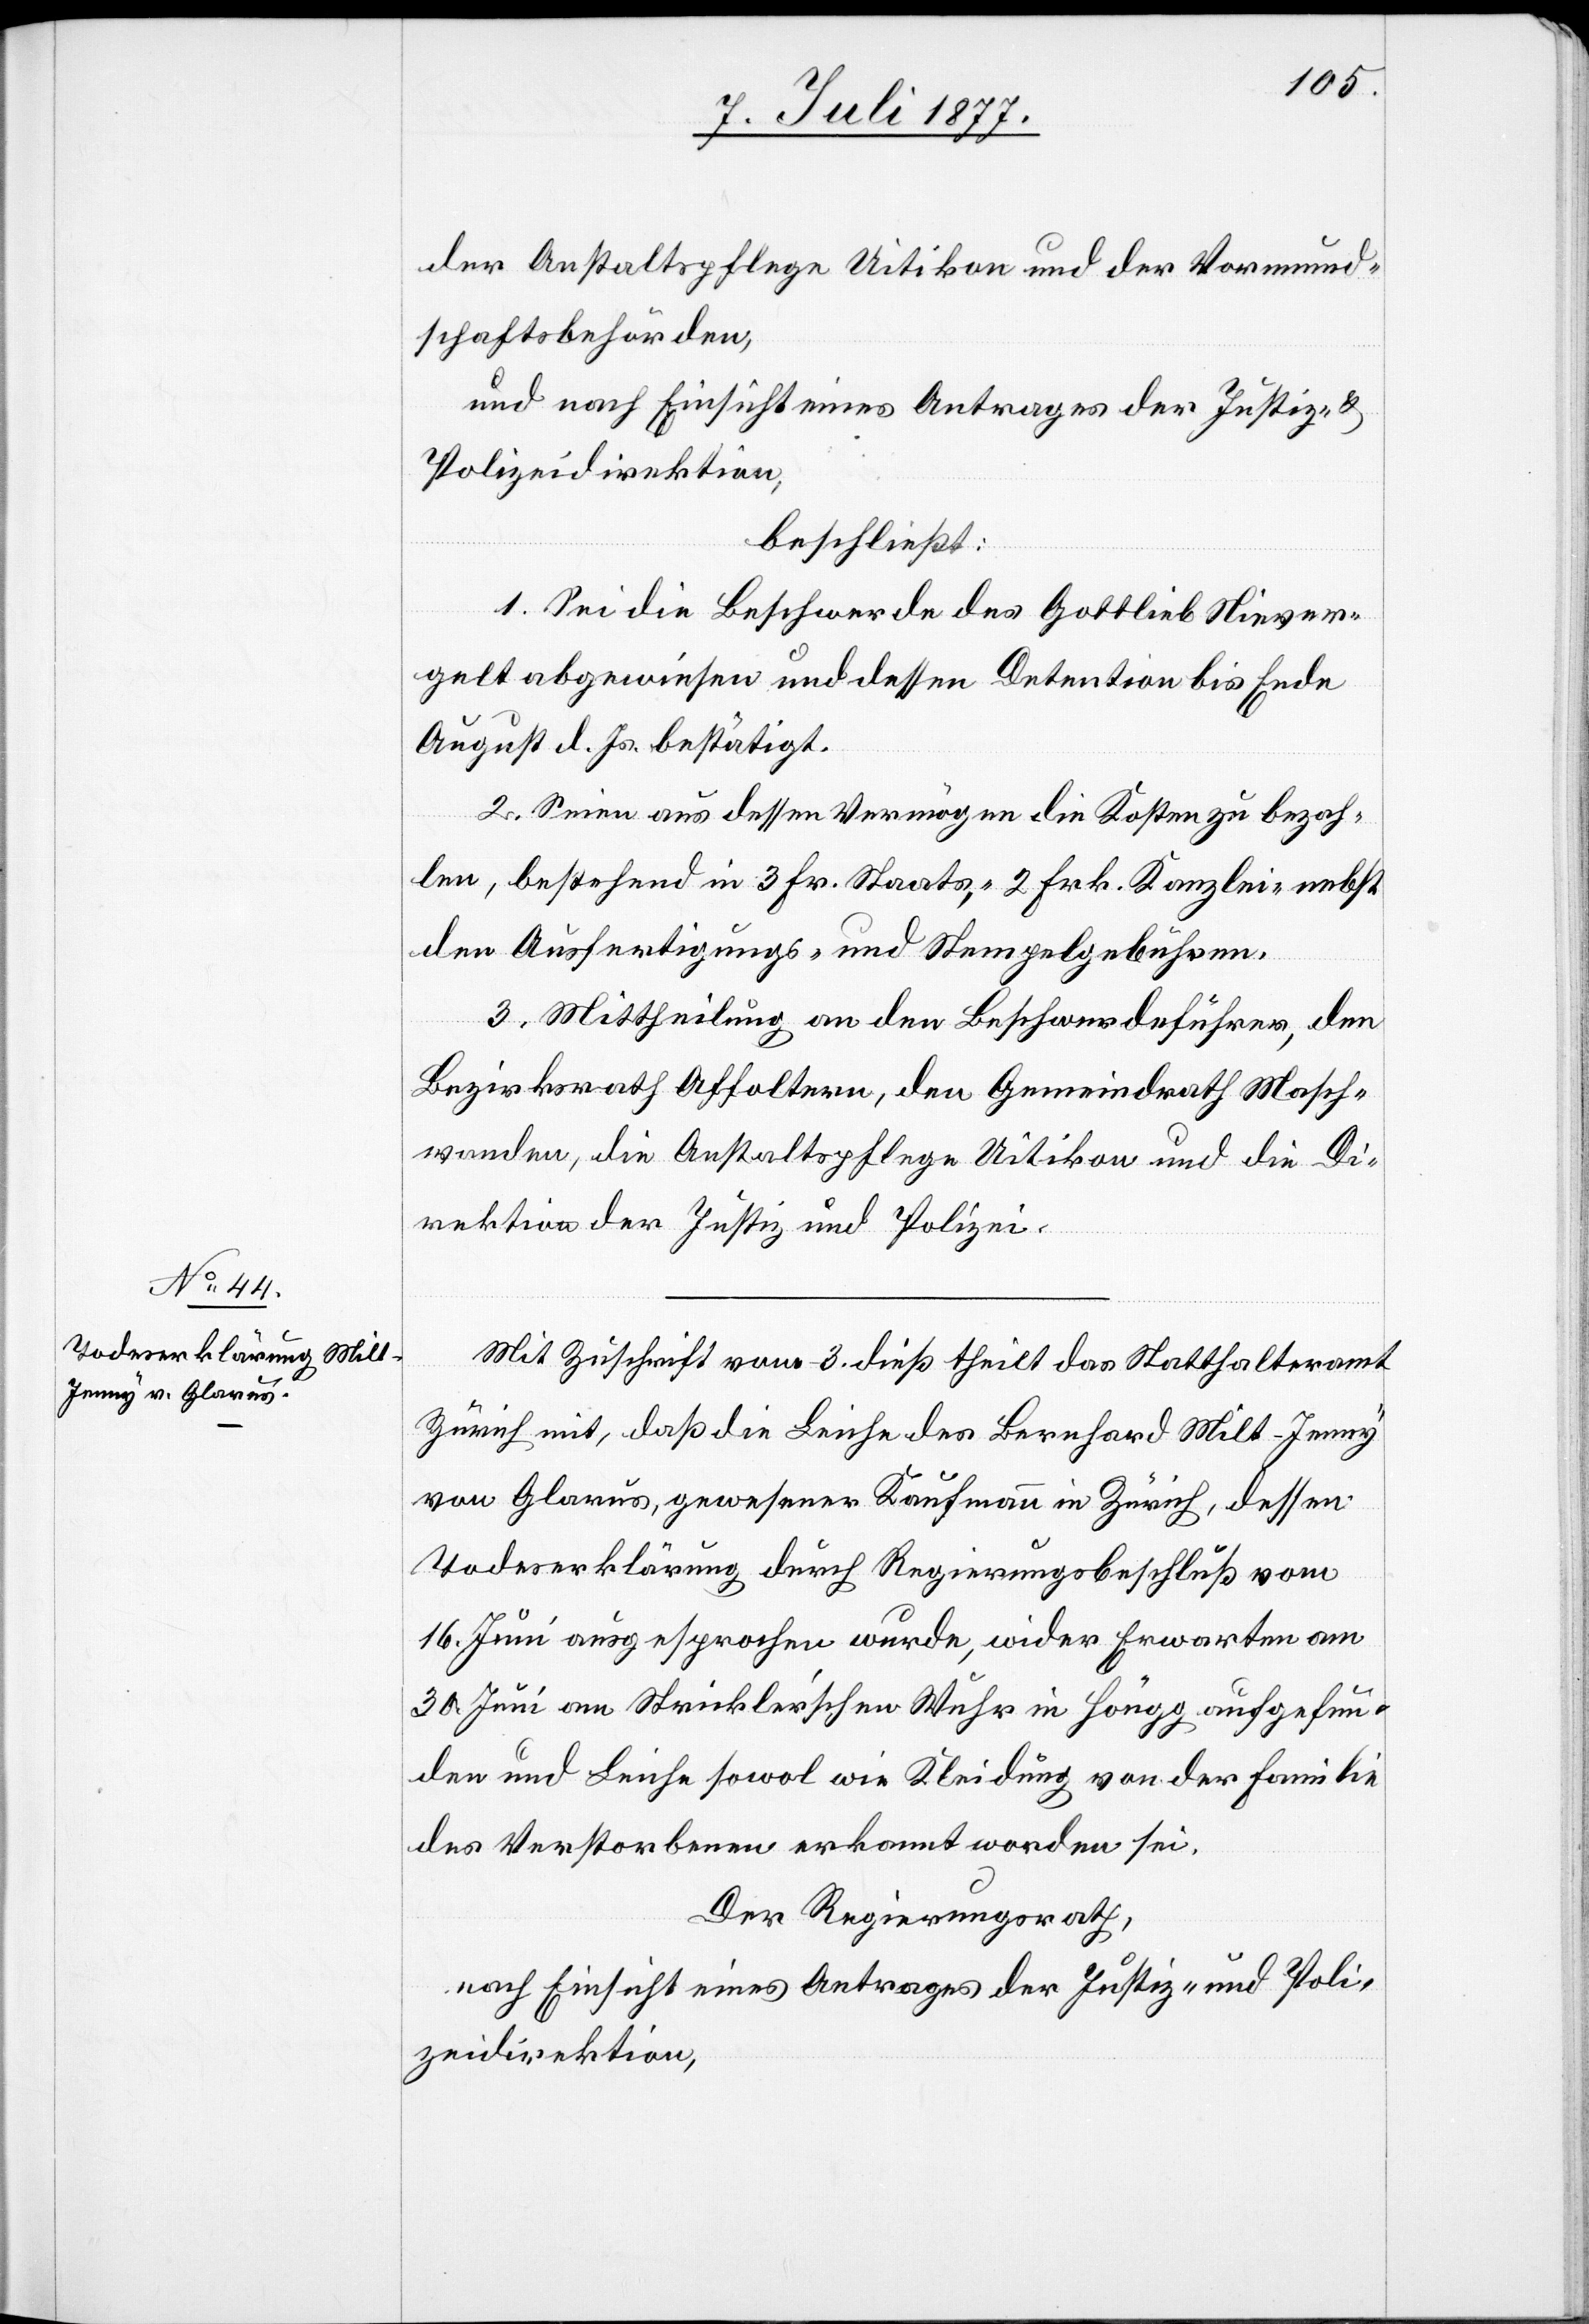
der Anstaltspflege Uitikon und der Vormund¬
schaftsbehörden,
und nach Einsicht eines Antrages der Justiz- &
Polizeidirektion,
beschließt:
1. Sei die Beschwerde des Gottlieb Niever¬
gelt abgewiesen und dessen Detention bis Ende
August d. Js. bestätigt.
2. Seien aus dessen Vermögen die Kosten zu bezah¬
len, bestehend in 3 Fr. Staats-, 2 Frk. Kanzlei-[,] nebst
den Ausfertigungs- und Stempelgebühren.
3. Mittheilung an den Beschwerdeführer, den
Bezirksrath Affoltern, den Gemeindrath Masch¬
wanden, die Anstaltspflege Uitikon und die Di¬
rektion der Justiz und Polizei.
Mit Zuschrift vom 3. dieß theilt das Statthalteramt
Zürich mit, daß die Leiche des Bernhard Milt-Jenny
von Glarus, gewesener Kaufmann in Zürich, dessen
Todeserklärung durch Regierungsbeschluß vom
16. Juni ausgesprochen wurde, wider Erwarten am
30. Juni am Strickler’schen Wuhr in Höngg aufgefun¬
den und Leiche sowol wie Kleidung von der Familie
des Verstorbenen erkannt worden sei.
Der Regierungsrath,
nach Einsicht eines Antrages der Justiz- und Poli¬
zeidirektion,